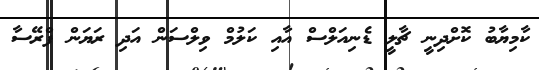
ކާމިޔާބު ކޮށްދިނީ ޗާލީ ޑެނިއަލްސް އާއި ކަލުމް ވިލްސަން އަދި ރަޔަން ފްރޭސާ